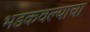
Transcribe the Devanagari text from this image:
भडकवल्याचा